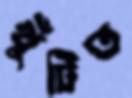
খুঁটিত